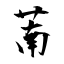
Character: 萳